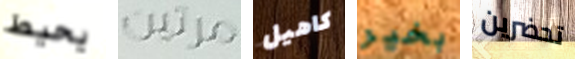
يحيط مرتين كاهيل بخير تحضرين